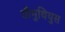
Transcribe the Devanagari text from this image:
तीमुथियुस